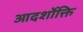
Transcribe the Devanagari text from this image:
आदर्शोक्ति